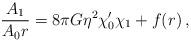
LaTeX: \begin{align*}{A_1 \over A_0r} = 8\pi G\eta^2\chi_0'\chi_1 + f(r)\,,\end{align*}